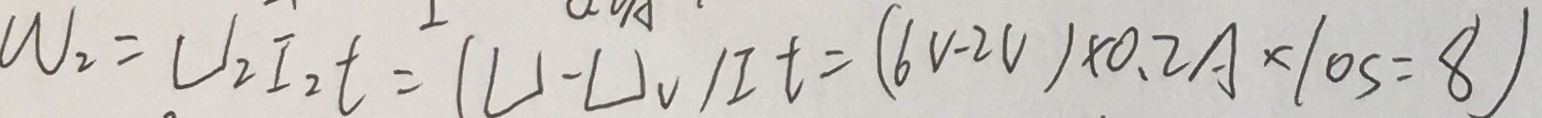
\omega _ { 2 } = U _ { 2 } I _ { 2 } t = ( U - U _ { v } / I T = ( 6 v - 2 v ) \times 0 . 2 A \times 1 0 s = 8 )